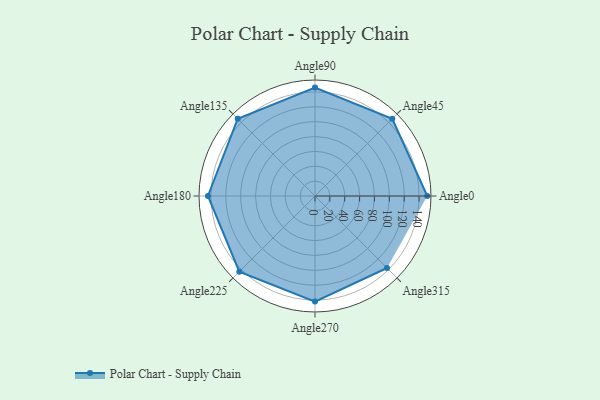
{"axis": {"x": "Angle", "y": "Radius"}, "legend": [""], "data": [{"x": "Angle0", "y": 151.0, "type": ""}, {"x": "Angle45", "y": 147.0, "type": ""}, {"x": "Angle90", "y": 146.0, "type": ""}, {"x": "Angle135", "y": 147.0, "type": ""}, {"x": "Angle180", "y": 144.0, "type": ""}, {"x": "Angle225", "y": 144.0, "type": ""}, {"x": "Angle270", "y": 142.0, "type": ""}, {"x": "Angle315", "y": 137.0, "type": ""}]}